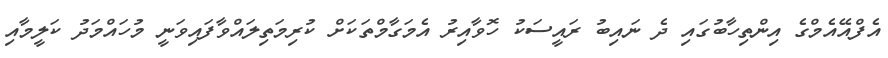
އެފްއޭއެމްގެ އިންތިހާބުގައި ދެ ނައިބު ރައީސަކު ހޮވާއިރު އެމަގާމްތަކަށް ކުރިމަތިލައްވާފައިވަނީ މުހައްމަދު ކަލީމާއި